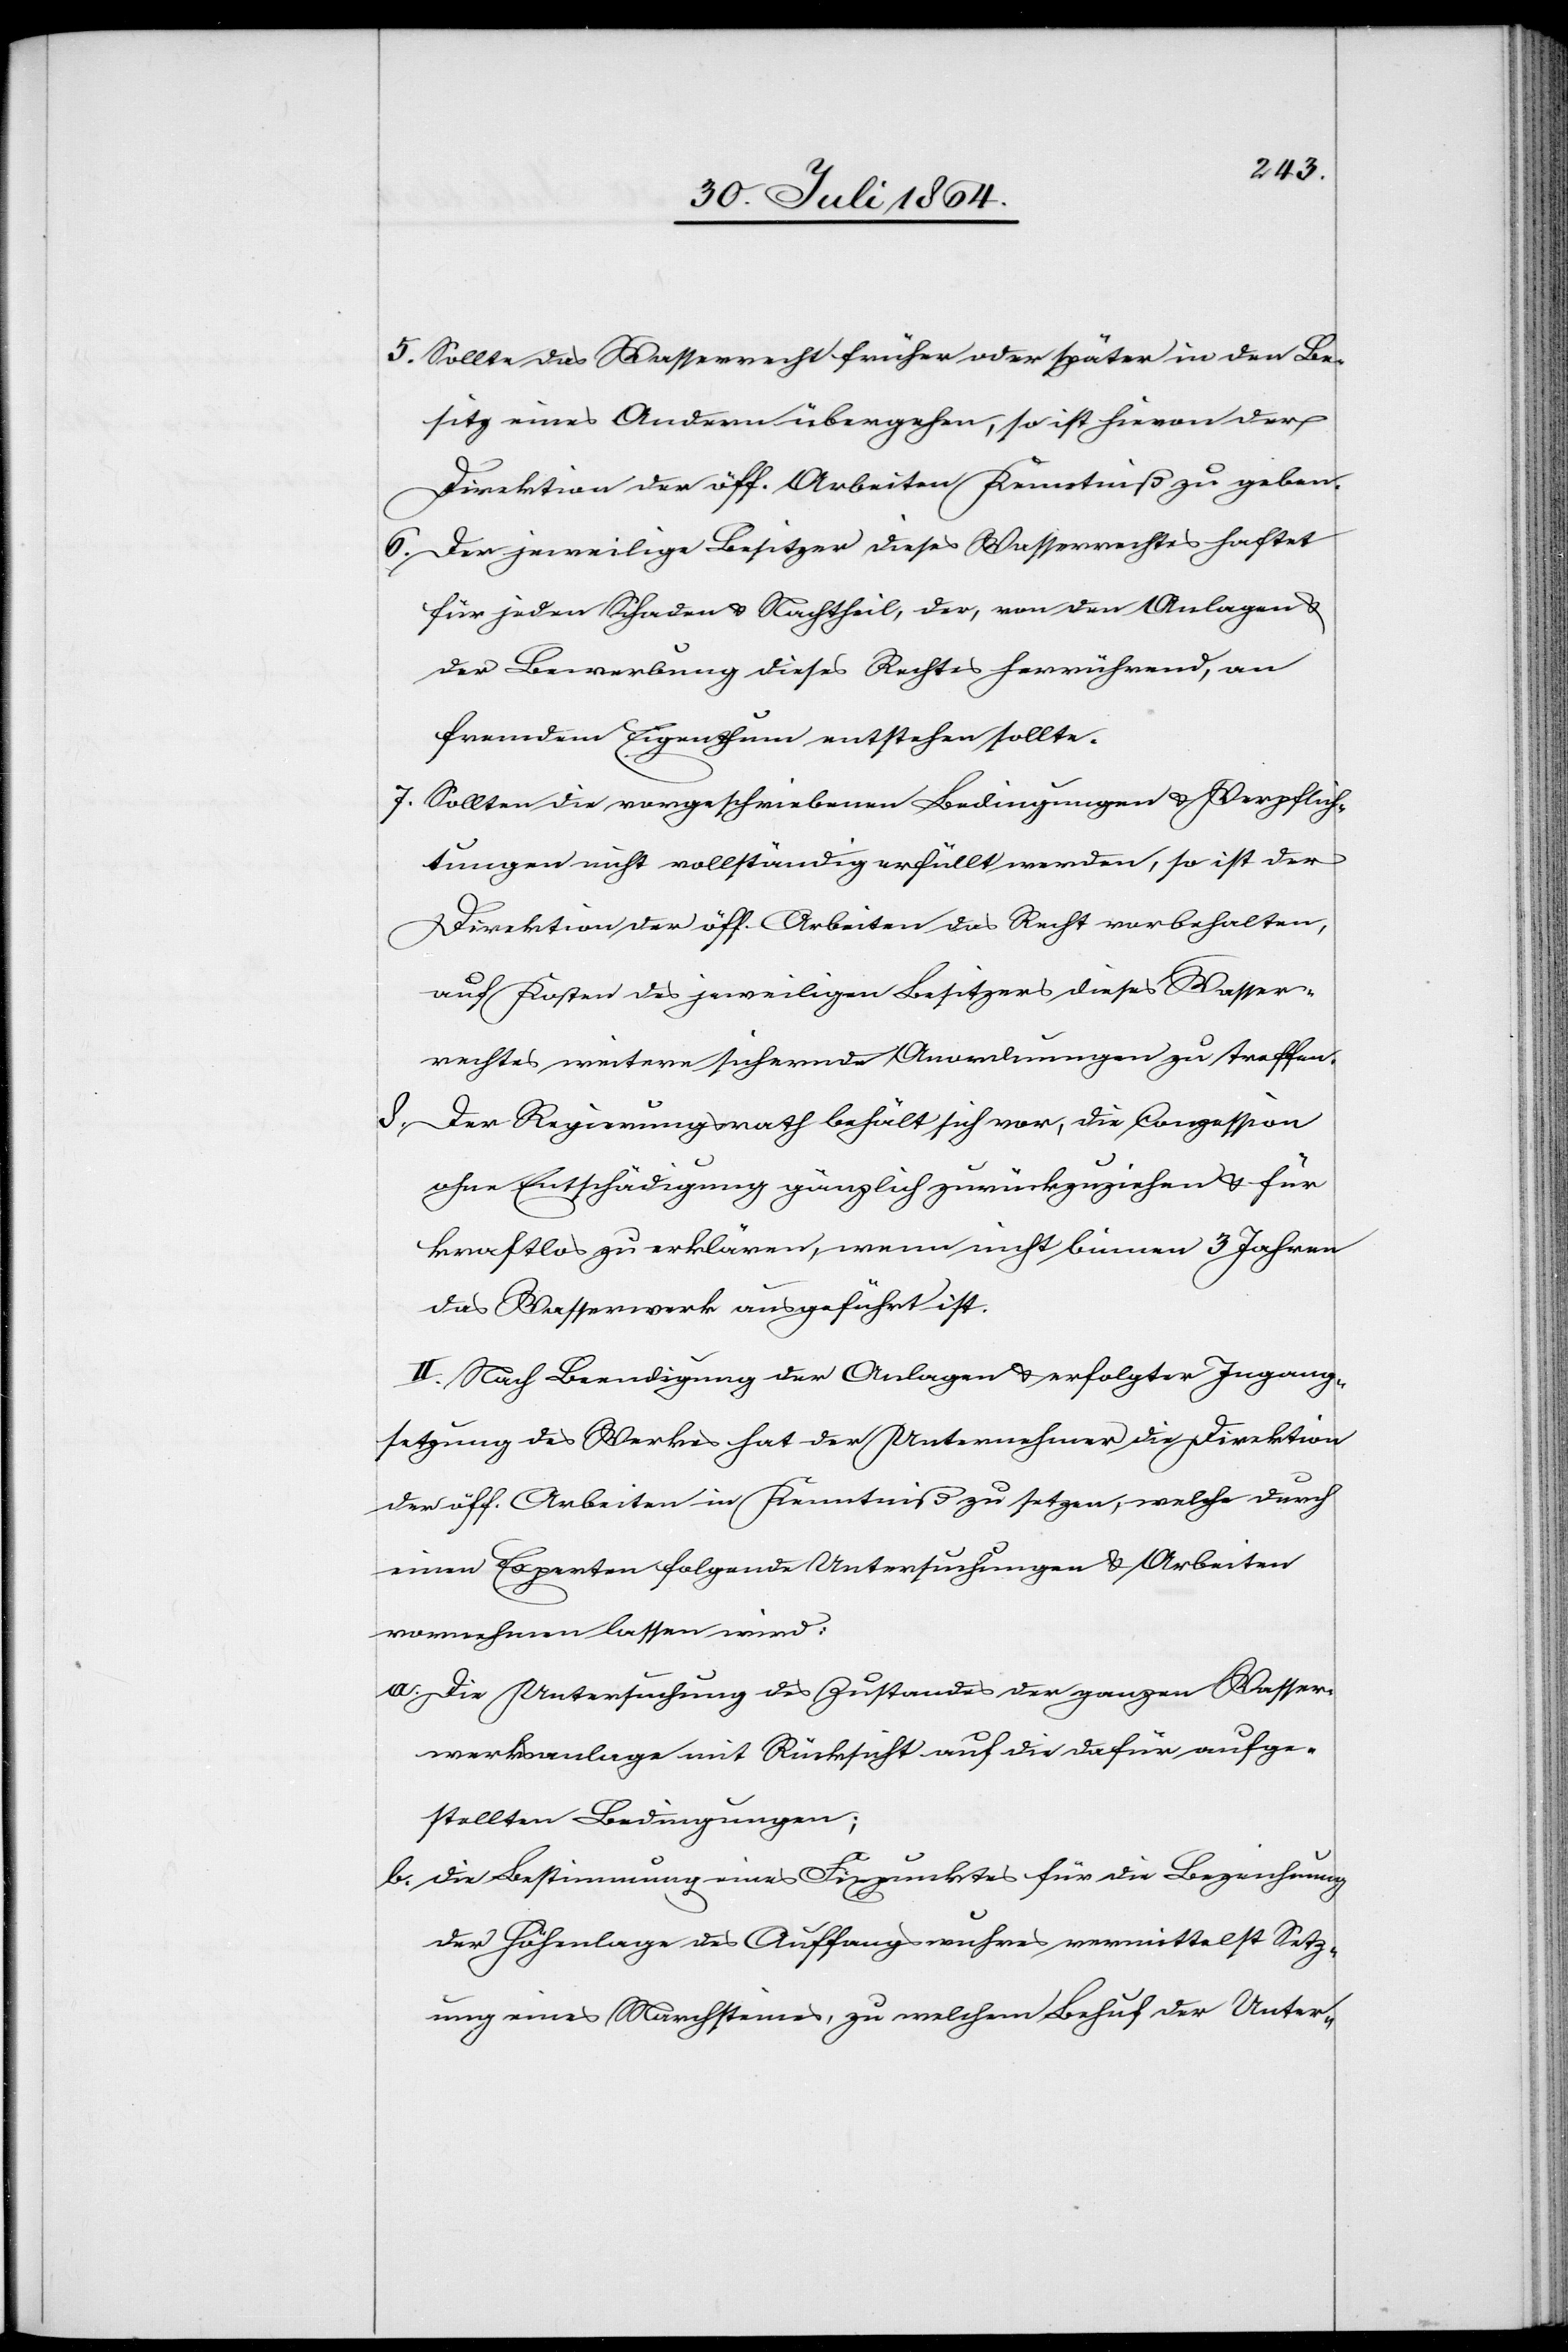
5. 	Sollte das Wasserrecht früher oder später in den Be¬
sitz eines Andern übergehen, so ist hievon der
Direktion der öff. Arbeiten Kenntniß zu geben.
6. 	Der jeweilige Besitzer dieses Wasserrechtes haftet
für jeden Schaden & Nachtheil, der, von den Anlagen &
der Bewerbung dieses Rechtes herrührend, an
fremdem Eigenthum entstehen sollte.
7.	Sollten die vorgeschriebenen Bedingungen & Verpflich¬
tungen nicht vollständig erfüllt werden, so ist der
Direktion der öff. Arbeiten das Recht vorbehalten,
auf Kosten des jeweiligen Besitzers dieses Wasser¬
rechtes weitere sichernde Anordnungen zu treffen.
8.	D¬
er Regierungsrath behält sich vor, die Conzession
ohne Entschädigung gänzlich zurückzuziehen & für
kraftlos zu erklären, wenn nicht binnen 3 Jahren
das Wasserwerk ausgeführt ist.
II. Nach Beendigung der Anlagen & erfolgter Ingang¬
setzung des Werkes hat der Unternehmer die Direktion
der öff. Arbeiten in Kenntniß zu setzen, welche durch
einen Experten folgende Untersuchungen & Arbeiten
vornehmen lassen wird:
a.	Die Untersuchung des Zustandes der ganzen Wasser¬
werksanlage mit Rücksicht auf die dafür aufge¬
stellten Bedingungen;
b.	die Bestimmung eines Fixpunktes für die Bezeichnung
der Höhenlage des Auffangwuhres vermittelst Setz¬
ung eines Marchsteines, zu welchem Behuf der Unter-